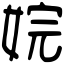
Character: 㛡